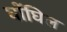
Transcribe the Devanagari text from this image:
घोंघिल